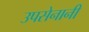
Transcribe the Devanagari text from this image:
उपसेनानी